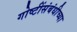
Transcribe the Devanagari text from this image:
गोष्टींसंबंधीच्या